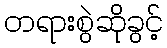
တရားစွဲဆိုခွင့်